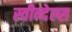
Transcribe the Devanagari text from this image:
स्वीन्देल्स